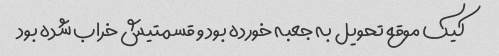
کیک موقع تحویل به جعبه خورده بود و قسمتیش خراب شده بود